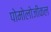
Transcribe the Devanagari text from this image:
पोमोलोजीकल